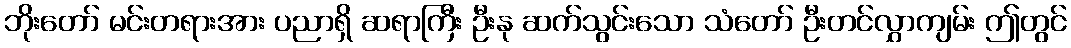
ဘိုးတော် မင်းတရားအား ပညာရှိ ဆရာကြီး ဦးနု ဆက်သွင်းသော သံတော် ဦးတင်လွှာကျမ်း ဤတွင်